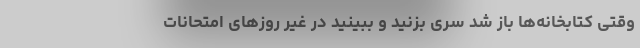
وقتی کتابخانه‌ها باز شد سری بزنید و ببینید در غیر روزهای امتحانات